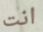
انت